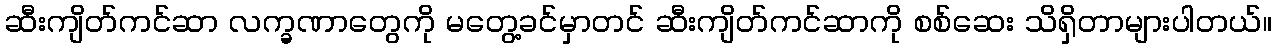
ဆီးကျိတ်ကင်ဆာ လက္ခဏာတွေကို မတွေ့ခင်မှာတင် ဆီးကျိတ်ကင်ဆာကို စစ်ဆေး သိရှိတာများပါတယ်။